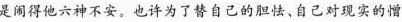
是闹得池六神不安。也许为了替自己的胆怯、自己对现实的憎